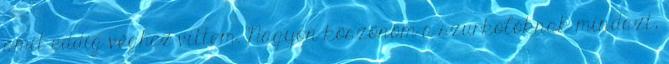
amit eddig véghez vittem. Nagyon köszönöm a szurkolóknak mindazt,